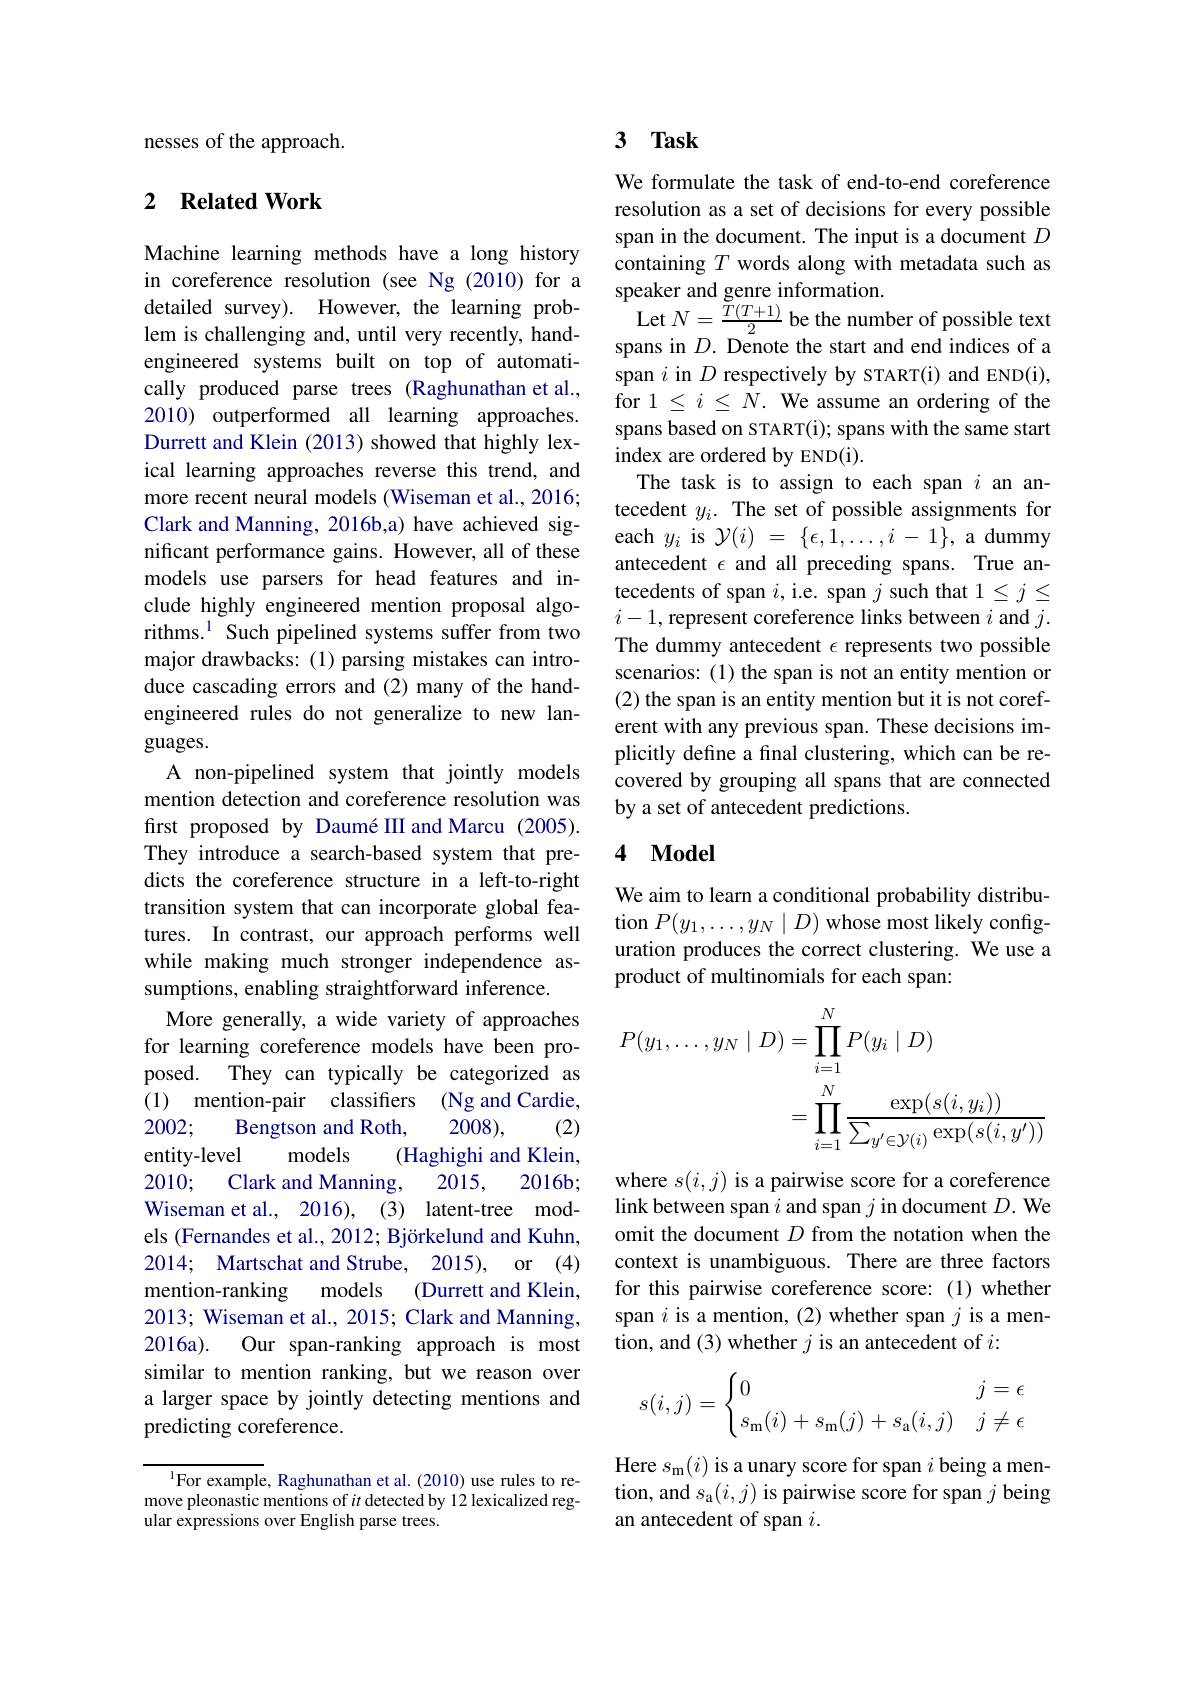
nesses of the approach.

## 2 $\textbf{Related Work}$

Machine learning methods have a long history in coreference resolution (see Ng (2010) for a detailed survey). However, the learning problem is challenging and, until very recently, handengineered systems built on top of automatically produced parse trees (Raghunathan et al., 2010) outperformed all learning approaches. Durrett and Klein (2013) showed that highly lexical learning approaches reverse this trend, and more recent neural models (Wiseman et al., 2016; Clark and Manning, 2016b,a) have achieved significant performance gains. However, all of these models use parsers for head features and include highly engineered mention proposal algorithms.$^{1}$ Such pipelined systems suffer from two major drawbacks: (1) parsing mistakes can introduce cascading errors and (2) many of the handengineered rules do not generalize to new languages.
A non-pipelined system that jointly models mention detection and coreference resolution was first proposed by Daumé III and Marcu (2005). They introduce a search-based system that predicts the coreference structure in a left-to-right transition system that can incorporate global features. In contrast, our approach performs well while making much stronger independence assumptions, enabling straightforward inference.
More generally, a wide variety of approaches for learning coreference models have been proposed. They can typically be categorized as (1) mention-pair classifiers (Ng and Cardie,
(2)
2002;
Bengtson and Roth,
2008),
models
entity-level
(Haghighi and Klein,
Clark and Manning,
2010;
2015,
2016b;
Wiseman et al., 2016), (3) latent-tree models (Fernandes et al., 2012; Björkelund and Kuhn, mention-ranking models
(Durrett and Klein,
2013; Wiseman et al., 2015; Clark and Manning, 2016a). Our span-ranking approach is most similar to mention ranking, but we reason over a larger space by jointly detecting mentions and predicting coreference.

$^{\mathrm{l}}$For example, Raghunathan et al.(2010) use rules to remove pleonastic mentions of $it$ detected by 12 lexicalized regular expressions over English parse trees.

## 3 $\mathbf{Task}$

We formulate the task of end-to-end coreference resolution as a set of decisions for every possible span in the document. The input is a document $D$ containing $T$ words along with metadata such as speaker and genre information.
$\operatorname*{Let}N=\frac{T(T+1)}{2}$ be the number of possible text spans in $D.$ Denote the start and end indices of a span $i$ in $D$ respectively by START(i) and END(i), for $1\leq i\leq\bar{N}.$ We assume an ordering of the spans based on START(i); spans with the same start index are ordered by END(i).
The task is to assign to each span $i$ an antecedent $y_i.$ The set of possible assignments for each $y_i$ is $\mathcal{Y}(i)~=~\{\epsilon,1,\ldots,i-1\}$, a dummy antecedent $\epsilon$ and all preceding spans. True antecedents of span $i$,i.e. span $j$ such that $1\leq j\leq$ $i-1$,represent coreference links between $i$ and $j.$ The dummy antecedent $\epsilon$ represents two possible scenarios: (1) the span is not an entity mention or (2) the span is an entity mention but it is not coreferent with any previous span. These decisions implicitly define a final clustering, which can be recovered by grouping all spans that are connected by a set of antecedent predictions.

### 4 $\mathbf{Model}$

We aim to learn a conditional probability distribution $P(y_{1},\ldots,y_{N}\mid D)$ whose most likely configuration produces the correct clustering. We use a product of multinomials for each span:
$$\begin{aligned}P(y_{1},\ldots,y_{N}\mid D)&=\prod_{i=1}^NP(y_i\mid D)\\&=\prod_{i=1}^N\frac{\exp(s(i,y_i))}{\sum_{y^{\prime}\in\mathcal{Y}(i)}\exp(s(i,y^{\prime}))}\end{aligned}$$
where $s(i,j)$ is a pairwise score for a coreference link between span $i$ and span $j$ in document $D.$ We omit the document $D$ from the notation when the context is unambiguous. There are three factors for this pairwise coreference score:(1) whether span $i$ is a mention, (2) whether span $j$ is a mention, and (3) whether $j$ is an antecedent of $i:$
$$s(i,j)=\begin{cases}0&j=\epsilon\\s_\text{m}(i)+s_\text{m}(j)+s_\text{a}(i,j)&j\neq\epsilon\end{cases}$$
Here $s_{\mathrm{m}}(i)$ is a unary score for span $i$ being a men-

tion, and $s_\mathrm{a}(i,j)$ is pairwise score for span $j$ being
an antecedent of span $i.$